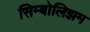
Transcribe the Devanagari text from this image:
सिम्बोलिझम